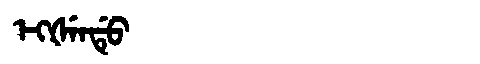
Manchu: ᡝᡴᡧᡝᠨᡩᡠ
Romanization: EKŠENDU